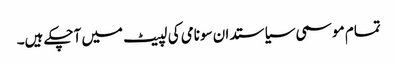
تمام موسمی سیاستدان سونامی کی لپیٹ میں آچکے ہیں۔